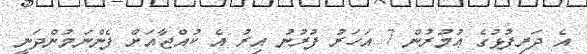
އެ ދަރިފުޅުގެ ޢުމުރުން 7 އަހަރު ފުރުނު އިރު އެ ކުއްޖާއަށް ފެންނަމުންދަނީ